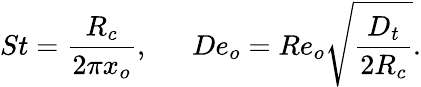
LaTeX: St=\frac{R_{c}}{2\pi x_{o}},~~~~~~De_{o}=Re_{o}\sqrt{\frac{D_{t}}{2R_{c}}}.